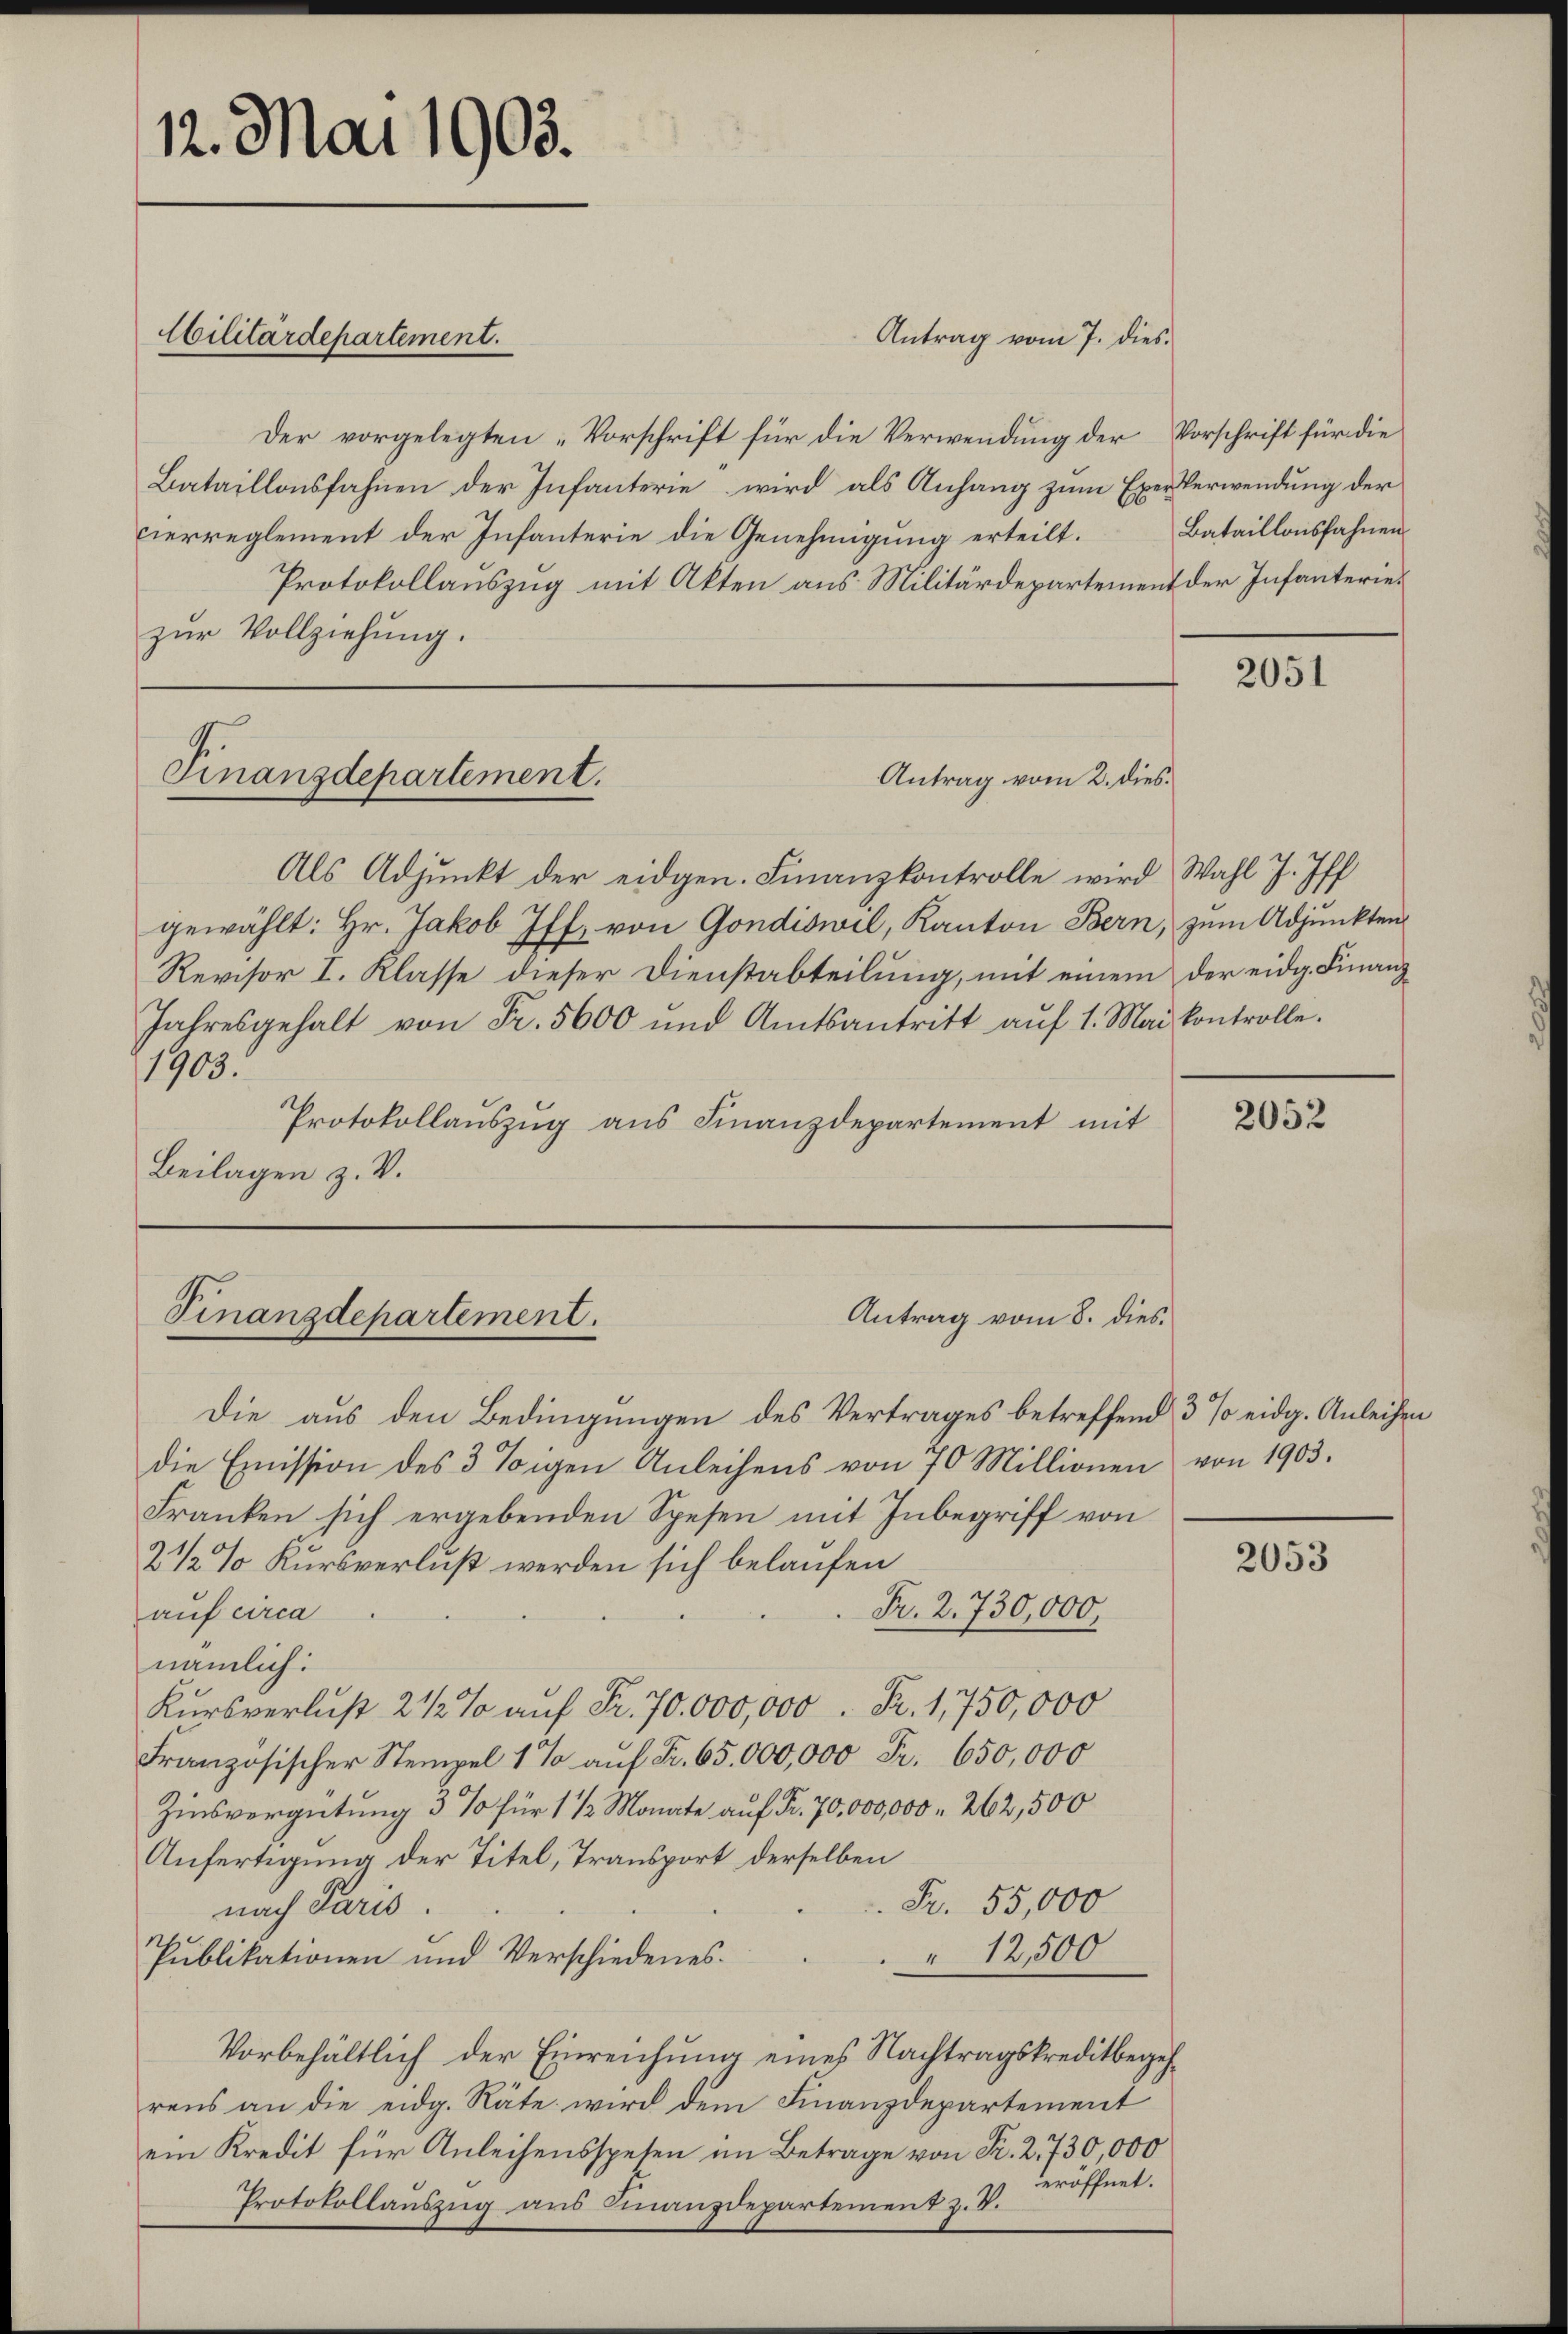
12. Mai 1903.

Militärdepartement.

Der vorgelegten „Vorschrift für die Verwendung der Vorschrift für die
Bataillonsfahnen der Infanterie wird als Anhang zum ExerVerwendung der
cierreglement der Infanterie die Genehmigung erteilt.
Protokollauszug mit Akten aus Militärdepartement der Infanteriezur Vollziehung.

Finanzdepartement.

Finanzdepartement.

Antrag vom 7. dies

Antrag vom 2. dies.

Antrag vom 8. dies¬

Als Adjunkt der eidgen. Finanzkontrolle wird Wahl J. Iff
gewählt: Hr. Jakob Iff, von Gondiswil, Kanton Bern, zum Adjunkten
Revisor I. Klasse dieser Dienstabteilung, mit einem der eidg. Finanz
Jahresgehalt von Fr. 5600 und Amtsantritt aŭf 1. Mai Controlle.
1903.
Protokollauszug aus Finanzdepartement mit
Beilagen z. V.

Bataillonsfahnen

Die aus den Bedingungen des Vertrages betreffend 3 % eidg. Anleihen
die Emission des 3 tigen Anleihens von 70 Millionen von 1903.
Franken sich ergebenden Spesen mit Inbegriff von
2 1/2 % Kursverlust werden sich belaufen
Fr. 2. 730,000,
auf circa
nämlich:
Kursverlust 2 1/2% auf Fr. 70. 000,000. Fr. 1,750,000
Französischer Stempel 1 % auf Fr. 65,000,000 Fr. 650,000
Zinsvergütung 3 % für 1 1/2 Monate auf Fr. 70,000,000 . 262,500
Anfertigung der Titel, Transport derselben
Fr. 55,000
nach Paris.
12,500
Publikationen und Verschiedenes.
Vorbehältlich der Einreichung eines Nachtragskreditbegehrens an die eidg. Räte wird dem Finanzdepartement
ein Kredit für Anleihensspesen im Betrage von Fr. 2, 730,000
eröffnet.
Protokollauszug aus Finanzdepartement z. B.

2051

2052

2053